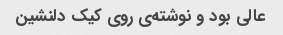
عالی بود و نوشته‌ی روی کیک دلنشین